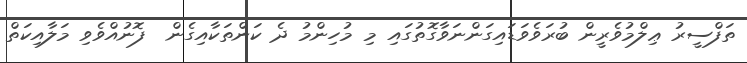
ތަފްސީރު ޢިލްމުވެރީން ބުރަވެވަޑައިގަންނަވާގޮތުގައި މި މުހިންމު ދެ ކަންތަކާއިގެން  ފޮނުއްވެވި މަލާއިކަތް